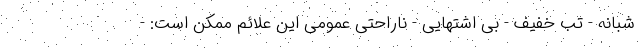
شبانه - تب خفیف - بی اشتهایی - ناراحتی عمومی این علائم ممکن است: -